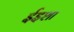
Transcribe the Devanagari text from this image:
ईइशा